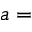
a =